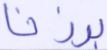
برزخا